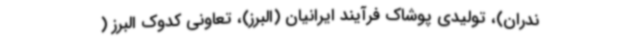
ندران)، تولیدی پوشاک فرآیند ایرانیان (البرز)، تعاونی کدوک البرز (